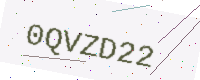
Text: 0QVZD22